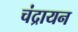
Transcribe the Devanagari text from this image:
चंद्रायन